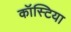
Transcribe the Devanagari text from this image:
कॉस्टिया